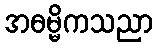
အဓမ္မိကသညာ